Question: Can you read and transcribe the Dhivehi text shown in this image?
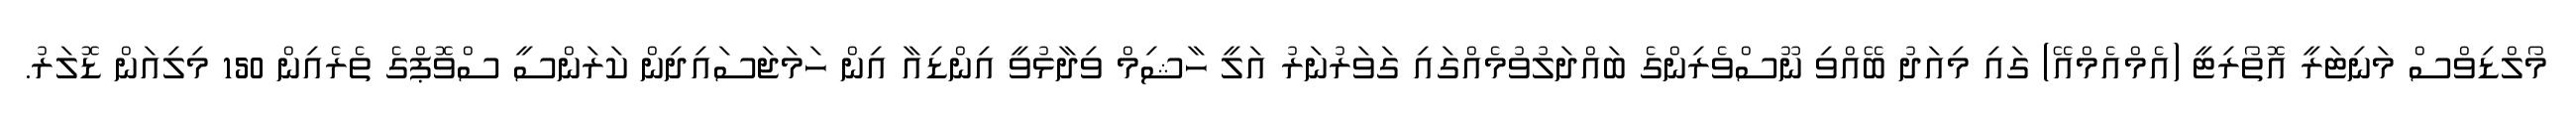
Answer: މޯލްޑިވްސް މަނިޓަރީ އޮތޯރިޓީ (އެމްއެމްއޭ) ގައި މިއަދު ބޭއްވި ނޫސްވެރިންގެ ބައްދަލުވުމެއްގައި ގަވަރުނަރު އަލީ ހާޝިމް ވިދާޅުވީ އިންޑިއާ އިން ހަމަޖަސައިދިން ކަރަންސީ ސްވޮޕްގެ ތެރެއިން 150 މިލިއަން ޑޮލަރު.